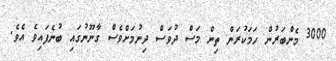
3000 މެންބަރުން ހަމަކުރަން ތިން މަސް ދުވަސް ދިނުމަށްވެސް ގާނޫނުގައި ބުނެފައިވެ އެވެ.